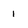
Character: 1